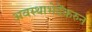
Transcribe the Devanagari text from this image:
अवस्थाभेदेंकरुन